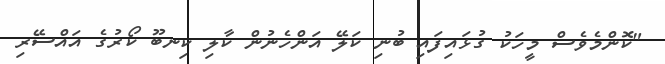
"ކޮންމެވެސް މީހަކު ގުޅައިފައި ބުނި ކަލޭ އަންހެނުން ކާލި ކިނބޫ ކޯރުގެ އައްސޭރި